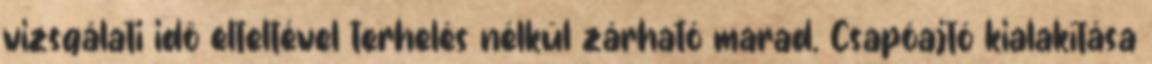
vizsgálati idõ elteltével terhelés nélkül zárható marad. Csapóajtó kialakítása